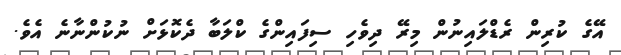
އޭގެ ކުރިން ރެޑްލައިނުން މިރޭ ދިވެހި ސިފައިންގެ ކްލަބާ ދެކޮޅަށް ނުކުންނާނެ އެވެ.